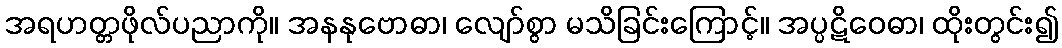
အရဟတ္တဖိုလ်ပညာကို။ အနနုဗောဓာ၊ လျော်စွာ မသိခြင်းကြောင့်။ အပ္ပဋိဝေဓာ၊ ထိုးတွင်း၍